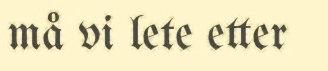
må vi lete etter